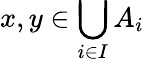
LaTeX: x,y\in\bigcup_{i\in I}A_{i}